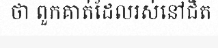
ថា ពួកគាត់ដែលរស់នៅជិត